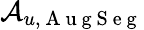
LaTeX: \mathcal{A}_{u,\mathrm{~A~u~g~S~e~g~}}